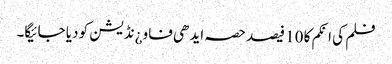
فلم کی انکم کا 10 فیصد حصہ ایدھی فاو¿نڈیشن کو دیا جائیگا۔